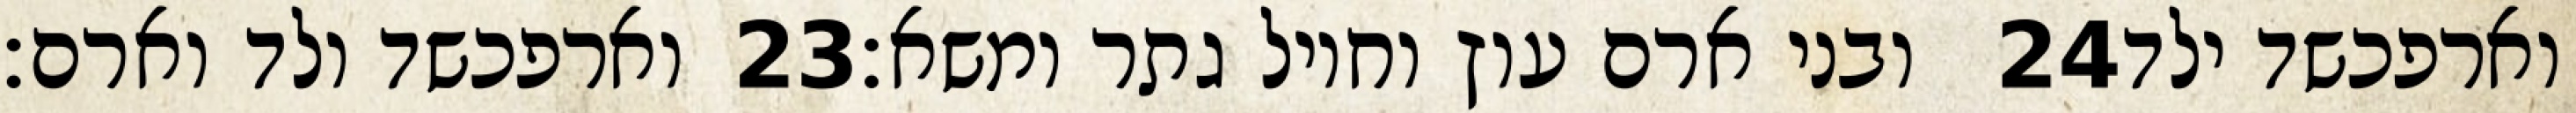
וארפכשד ולד וארם׃ ‎23‏ ובני ארם עוץ וחויל גתר ומשא׃ ‎24‏ וארפכשד ילד